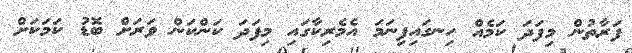
ފަރާތުން މިފަދަ ކަމެއް ހިނގައިފިނަމަ އެމެރިކާގައި މިފަދަ ކަންކަން ވަރަށް ބޮޑު ކަމަކަށް